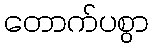
တောက်ပစွာ